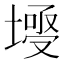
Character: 𡐄